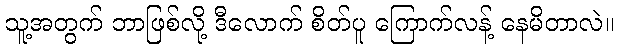
သူ့အတွက် ဘာဖြစ်လို့ ဒီလောက် စိတ်ပူ ကြောက်လန့် နေမိတာလဲ။